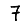
Digit: 7